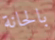
بالحانة